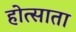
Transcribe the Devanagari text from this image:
होत्साता